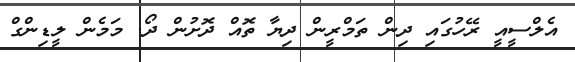
އެލްސީއީ ރޭހުގައި ދިން ތަމްރީން ދިޔާ ތޮއް ދޮށުން ދޯ. މަމެން ލީޑިންގް